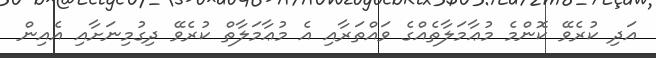
އަދި ކުރެވޭ ކޮންމެ މުޢާމަލާތެއްގެ ވައްތަރާއި އެ މުޢާމަލާތް ކުރެވޭ ދިގުމިނަށާއި އެއިން